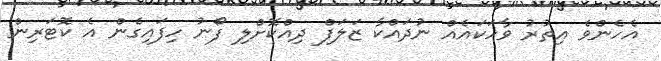
އެހެންވެ އިތުރު ވާހަކައެއް ނުދައްކާ ޒަލަފް ދިއްކޮށްލި ފޯނު ހިފައިގެން އެ ކޮޓަރިން